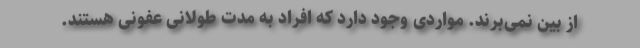
از بین نمی‌برند. مواردی وجود دارد که افراد به مدت طولانی عفونی هستند.